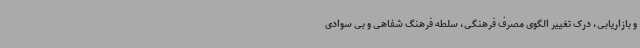
و بازاریابی، درک تغییر الگوی مصرف فرهنگی، سلطه فرهنگ شفاهی و بی سوادی